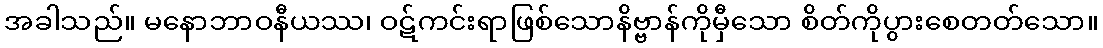
အခါသည်။ မနောဘာဝနီယဿ၊ ဝဋ်ကင်းရာဖြစ်သောနိဗ္ဗာန်ကိုမှီသော စိတ်ကိုပွားစေတတ်သော။